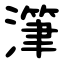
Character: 潷